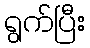
ရွက်ပြီး